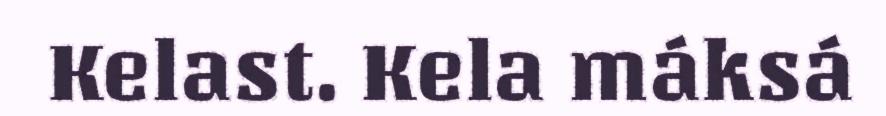
Kelast. Kela máksá